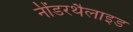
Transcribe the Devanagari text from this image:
नींडरथैलाइड